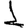
Digit: 1